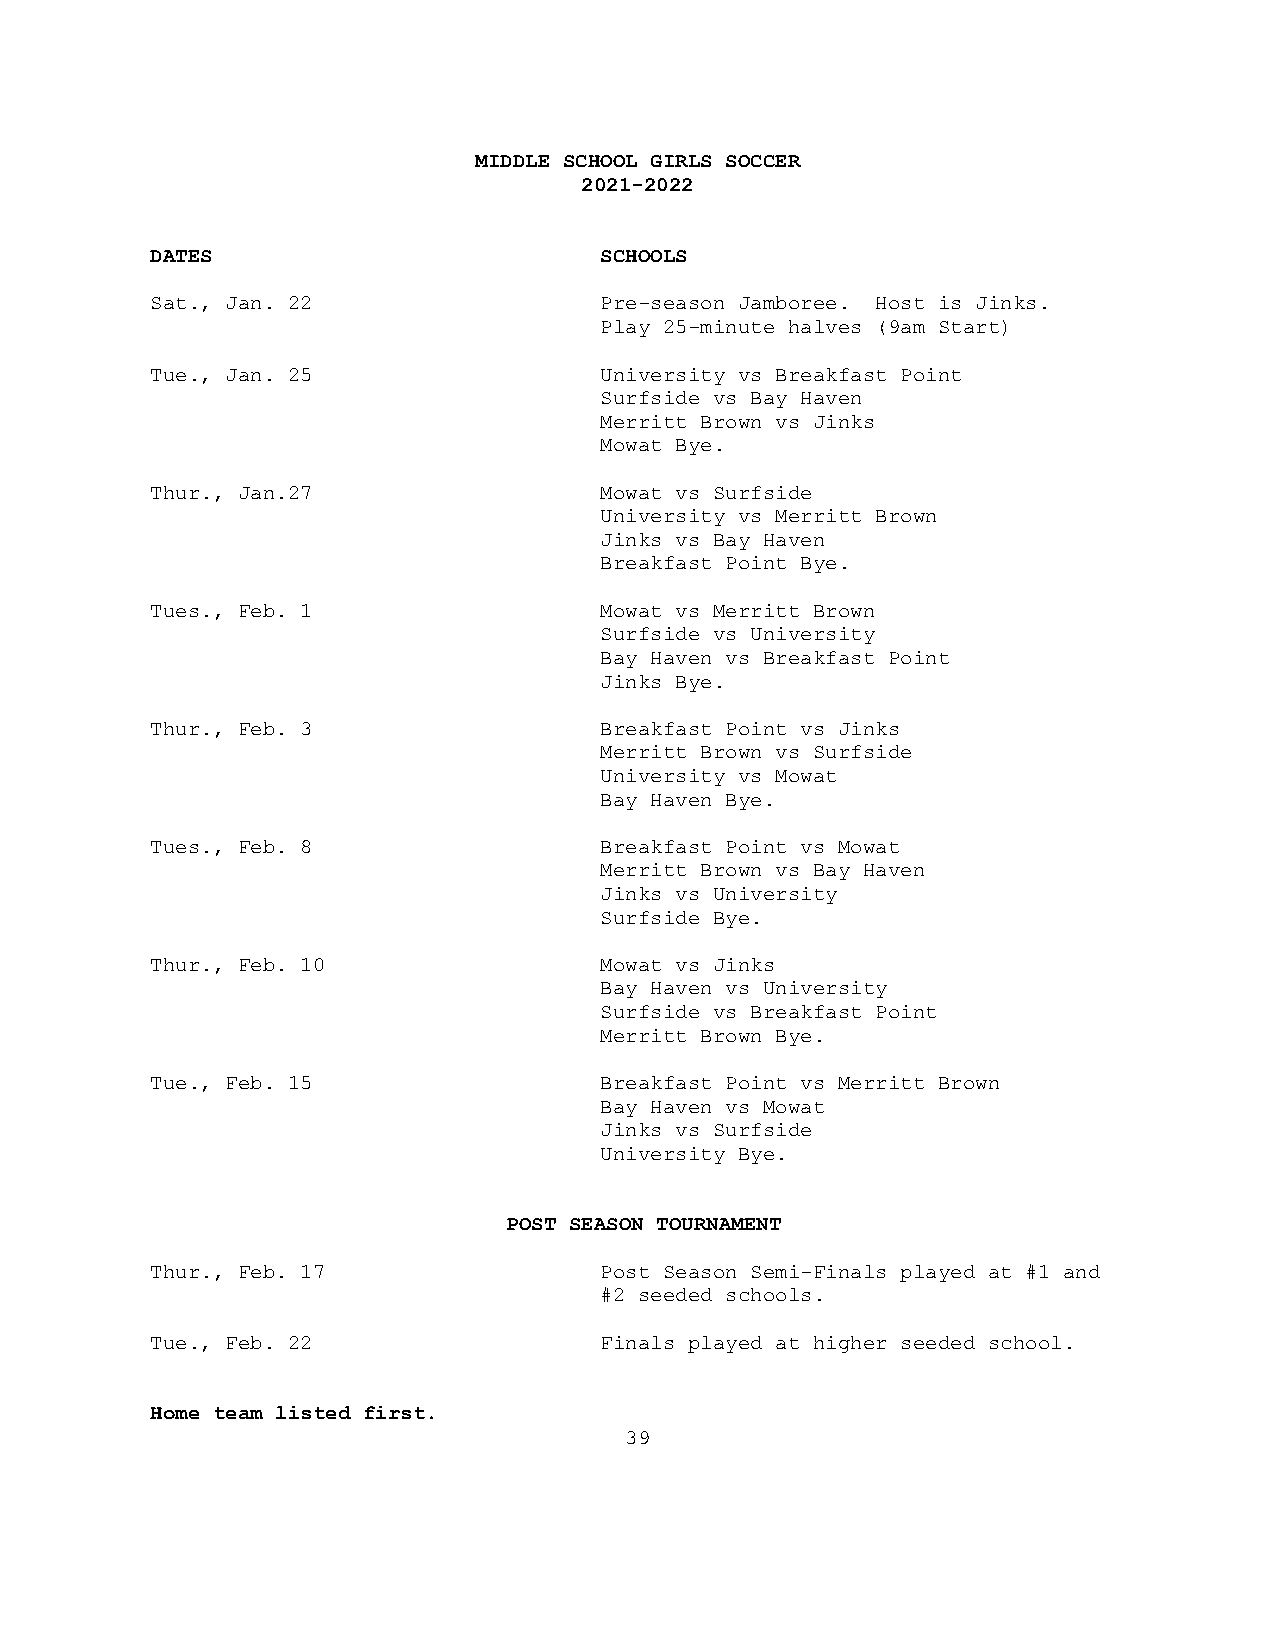
MIDDLE SCHOOL GIRLS SOCCER
 2021-2022
 DATES                         SCHOOLS
 Sat., Jan. 22                 Pre-season Jamboree. Host is Jinks.
 Play 25-minute halves (9am Start)
 Tue., Jan. 25                 University vs Breakfast Point
 Surfside vs Bay Haven
 Merritt Brown vs Jinks
 Mowat Bye.
 Thur., Jan.27                 Mowat vs Surfside
 University vs Merritt Brown
 Jinks vs Bay Haven
 Breakfast Point Bye.
 Tues., Feb. 1                 Mowat vs Merritt Brown
 Surfside vs University
 Bay Haven vs Breakfast Point
 Jinks Bye.
 Thur., Feb. 3                 Breakfast Point vs Jinks
 Merritt Brown vs Surfside
 University vs Mowat
 Bay Haven Bye.
 Tues., Feb. 8                 Breakfast Point vs Mowat
 Merritt Brown vs Bay Haven
 Jinks vs University
 Surfside Bye.
 Thur., Feb. 10                Mowat vs Jinks
 Bay Haven vs University
 Surfside vs Breakfast Point
 Merritt Brown Bye.
 Tue., Feb. 15                 Breakfast Point vs Merritt Brown
 Bay Haven vs Mowat
 Jinks vs Surfside
 University Bye.
 POST SEASON TOURNAMENT
 Thur., Feb. 17                Post Season Semi-Finals played at #1 and
 #2 seeded schools.
 Tue., Feb. 22                 Finals played at higher seeded school.
 Home team listed first.
 39